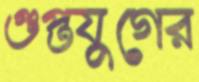
গুপ্তযুগের